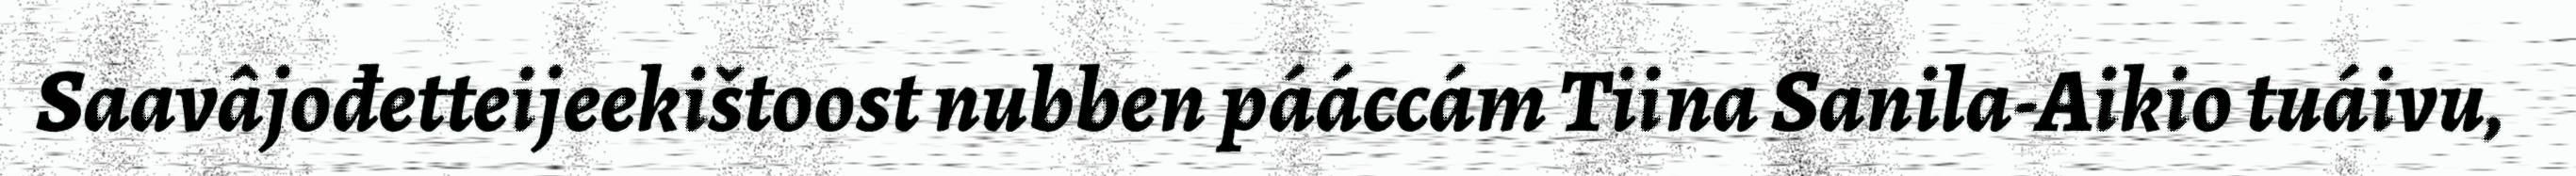
Saavâjođetteijeekištoost nubben pááccám Tiina Sanila-Aikio tuáivu,